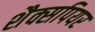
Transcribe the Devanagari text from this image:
शैक्सपियर